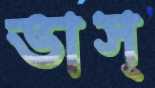
ভাস্‌